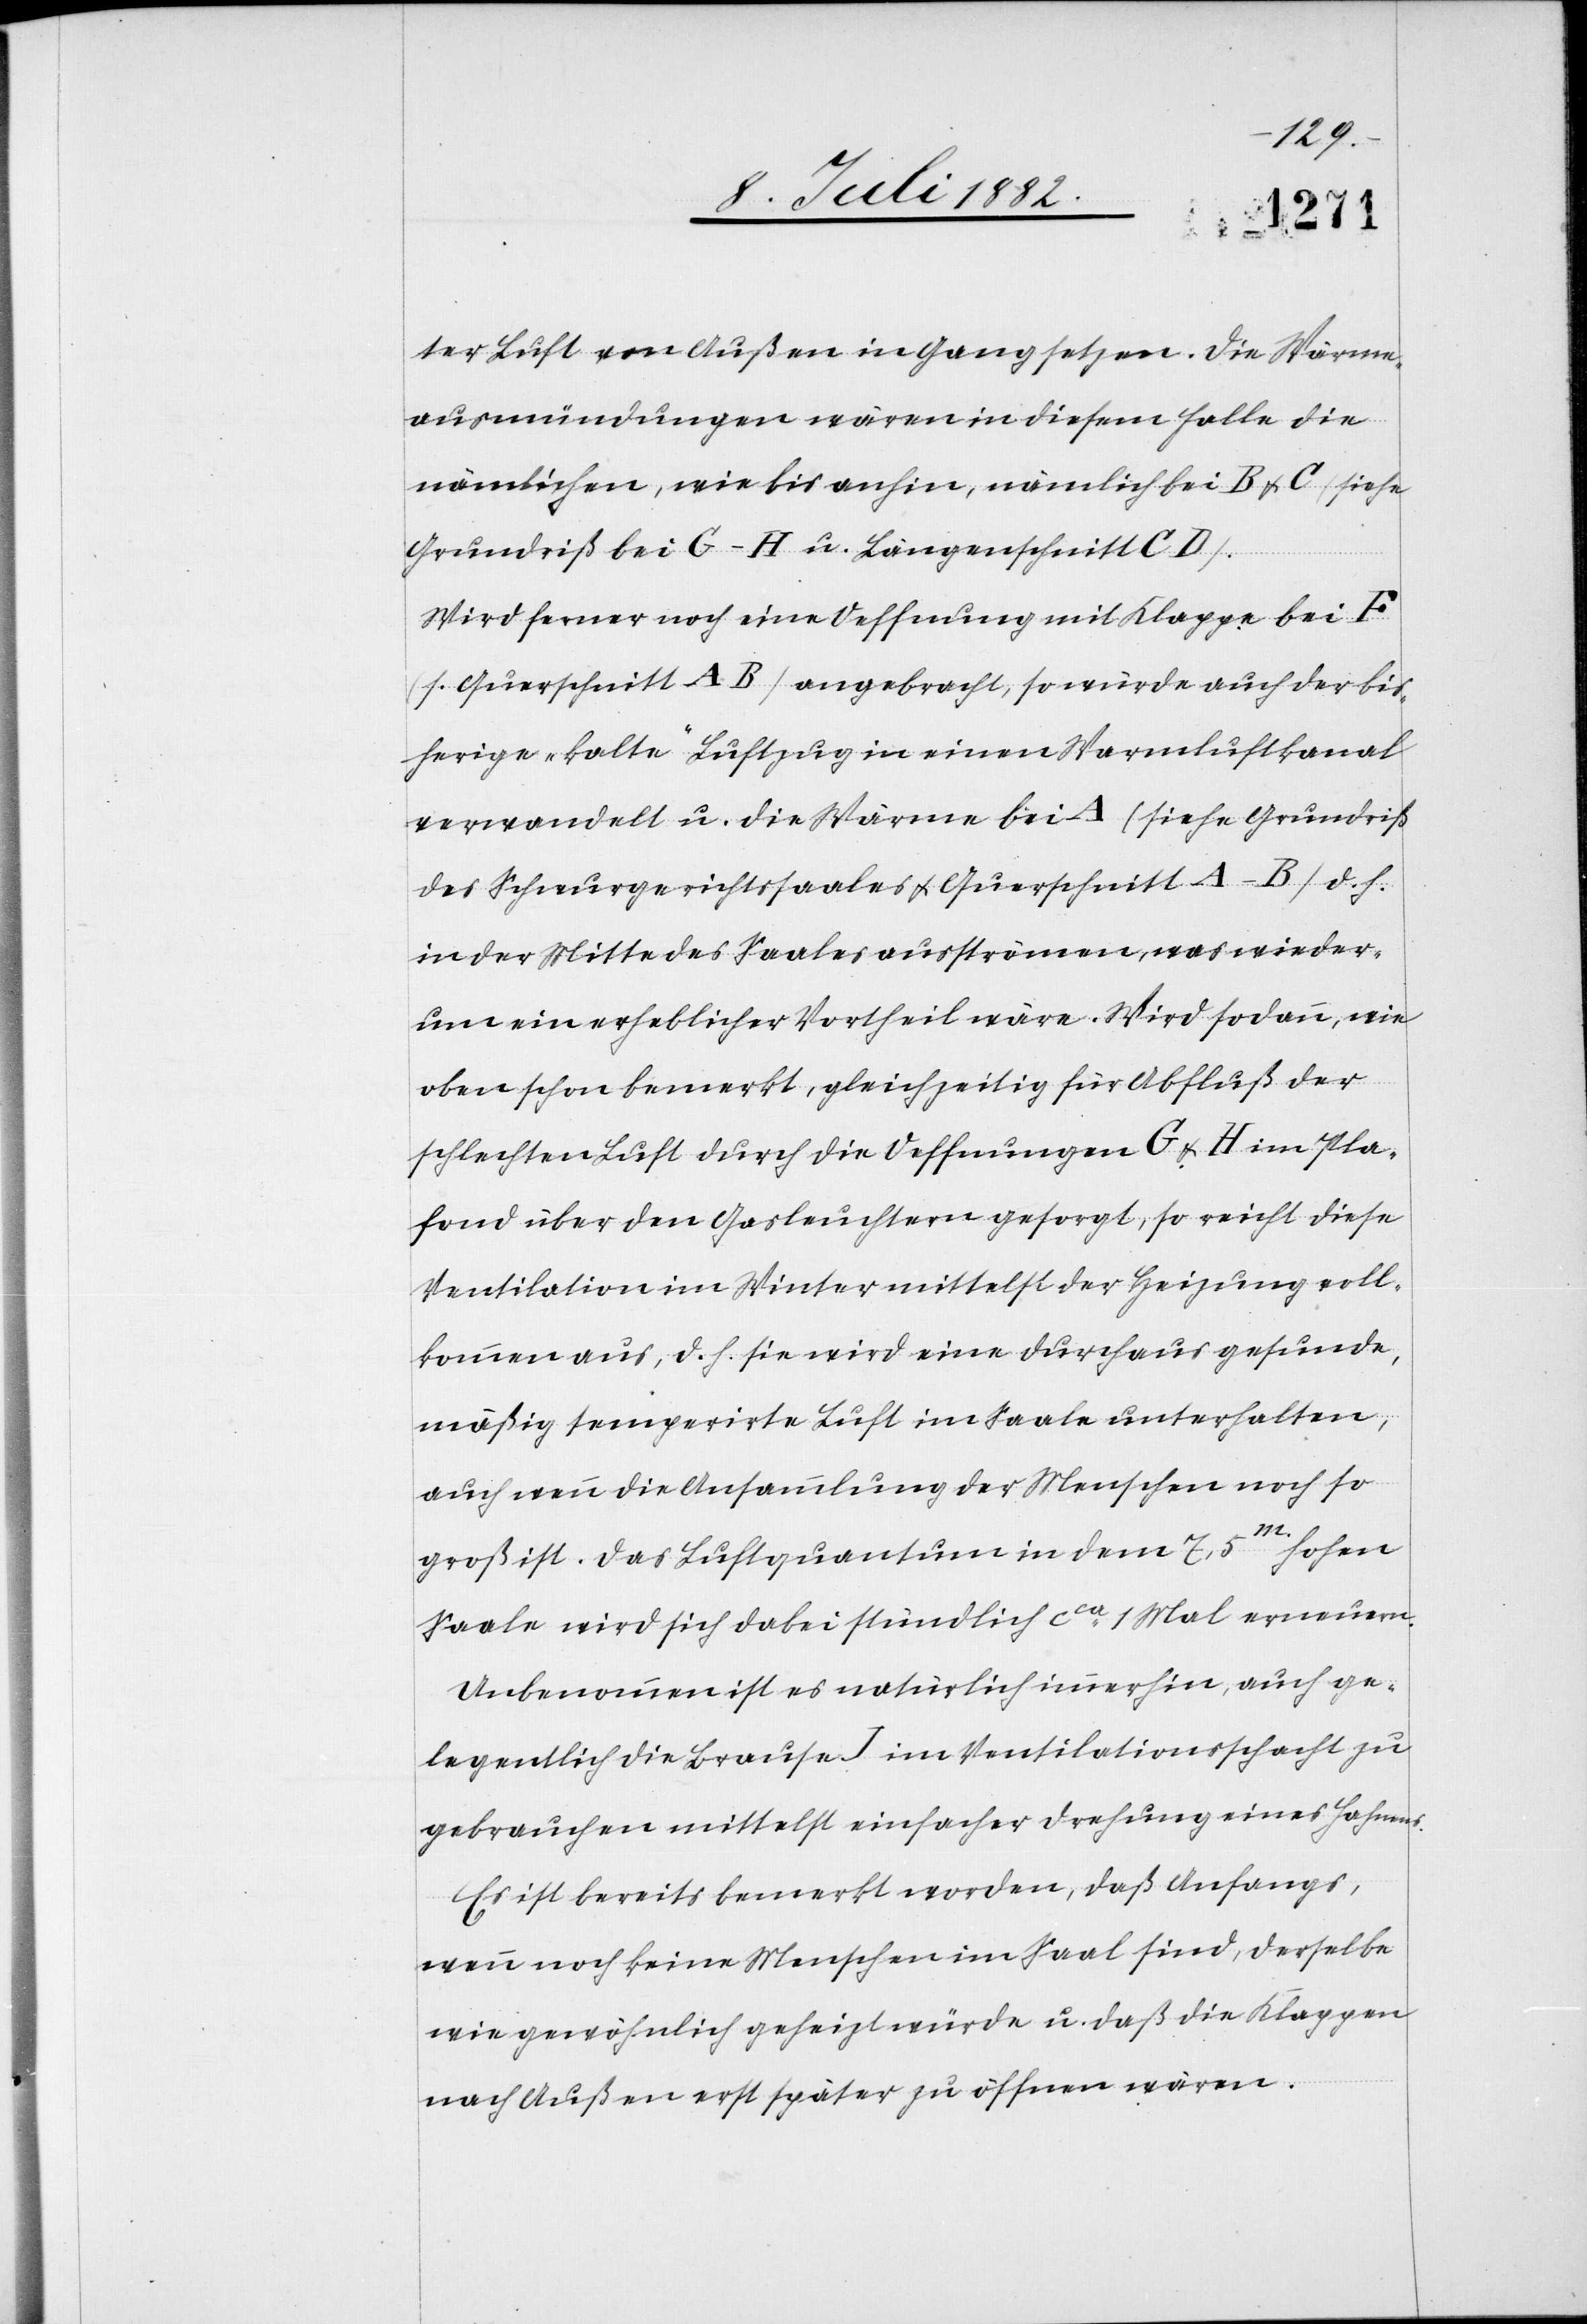
ter Luft von Außen in Gang setzen. Die Wärme¬
ausmündungen wären in diesem Falle die
nämlichen, wie bis anhin, nämlich bei B & C (siehe
Grundriß bei G–H u. Längenschnitt CD).
Wird ferner noch eine Oeffnung mit Klappe bei F
(s. Querschnitt AB) angebracht, so würde auch der bis¬
herige „kalte“ Luftzug in einen Warmluftkanal
verwandelt u. die Wärme bei A (siehe Grundriß
des Schwurgerichtssaales & Querschnitt A–B) d. h.
in der Mitte des Saales ausströmen, was wieder¬
um ein erheblicher Vortheil wäre. Wird sodann, wie
oben schon bemerkt, gleichzeitig für Abfluß der
schlechten Luft durch die Oeffnungen G & H im Pla¬
fond über den Gasleuchten gesorgt, so reicht diese
Ventilation im Winter mittelst der Heizung voll¬
kommen aus, d. h. sie wird eine durchaus gesunde,
mäßig temperirte Luft im Saale unterhalten,
auch wenn die Ansammlung der Menschen noch so
groß ist. Das Luftquantum in dem 7,5m hohen
Saale wird sich dabei stündlich ca 1 Mal erneuern.
Unbenommen ist es natürlich immerhin, auch ge¬
legentlich die Brause J im Ventilationsschacht zu
gebrauchen mittelst einfacher Drehung eines Hahnes.
Es ist bereits bemerkt worden, daß Anfangs,
wenn noch keine Menschen im Saal sind, derselbe
wie gewöhnlich geheizt würde u. daß die Klappen
nach Außen erst später zu öffnen wären.